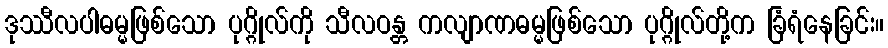
ဒုဿီလပါဓမ္မဖြစ်သော ပုဂ္ဂိုလ်ကို သီလဝန္တ ကလျာဏဓမ္မဖြစ်သော ပုဂ္ဂိုလ်တို့က ခြံရံနေခြင်း။